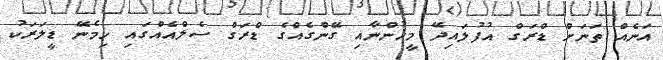
އަނެއް ތަނަށް ޑްރަގް އުފުލައިދޭ މީހުންނާއި ގޭންގެއްގެ ޑްރަގް ސެލްއެއްގައި ހިމެނޭ ޑީލަރަކު